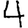
Digit: 4